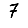
Digit: 7